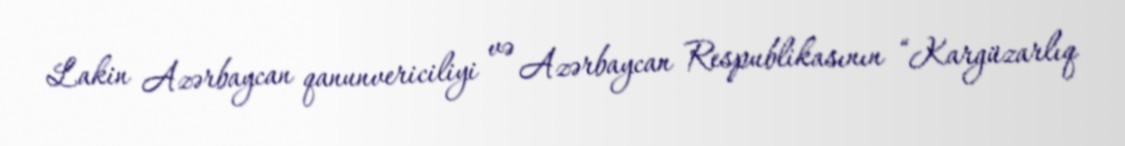
Lakin Azərbaycan qanunvericiliyi və Azərbaycan Respublikasının “Kargüzarlıq